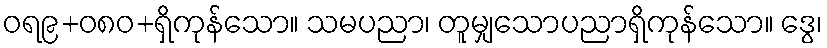
ဝရ၉+၀၈ဝ+ရှိကုန်သော။ သမပညာ၊ တူမျှသောပညာရှိကုန်သော။ ဒွေ၊